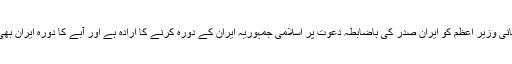
واضح رہے کہ این ایچ کی نیوز جینل نے حالیہ دنوں میں دعوی کیا تھا کہ جاپانی وزیر اعظم کو ایران صدر کی باضابطہ دعوت پر اسلامی جمہوریہ ایران کے دورہ کرنے کا ارادہ ہے اور آبے کا دورہ ایران بھی ان کی امریکی صدر کیساتھ حالیہ ملاقات کے موضوعات میں سے ایک ہے۔